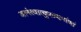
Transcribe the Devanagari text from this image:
आनंत्यात्कुलधर्माणां